Annual report on the Civil Veterinary Department, Burma (including the Insein Veterinary School) - 1910-1922
Year: 1910
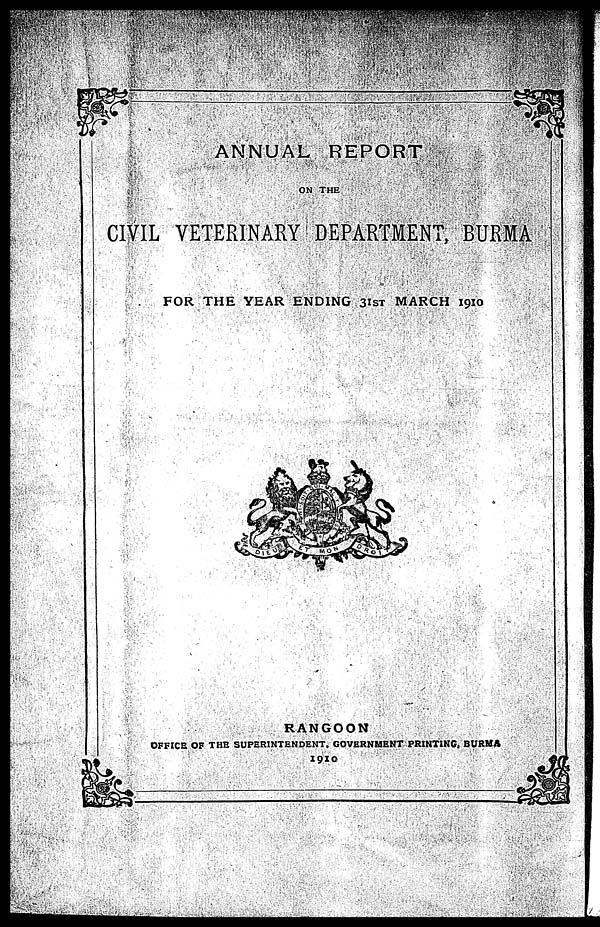
ANNUAL REPORT
ON THE
CIVIL VETERINARY DEPARTMENT, BURMA
FOR THE YEAR ENDING 31ST MARCH 1910
RANGOON
OFFICE OF THE SUPERINTENDENT. GOVERNMENT PRINTING, BURMA
1910